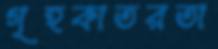
গৃহকাতরতা